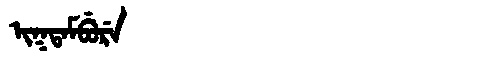
Manchu: ᡳᡴᡨᠠᠮᠪᡠᡵᡝ
Romanization: IKTAMBURE